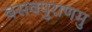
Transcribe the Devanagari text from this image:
बसवपुराणमु